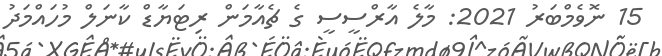
15 ނޮވެމްބަރު 2021: މާލެ އާރްސީސީ ގެ ޗެއާމަން ރިޓަޔާޑް ކާނަލް މުހައްމަދު